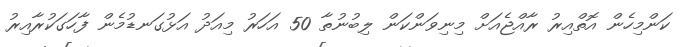
ކަންމިހެން އޮތްއިރު ރާއްޖެއަށް މިނިވަންކަން ލިބުނުތާ 50 އަހަރު މިއަދު އަޅުގަނޑުމެން ފާހަގަކުރާއިރު